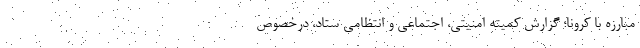
مبارزه با کرونا؛ گزارش کمیته امنیتی، اجتماعی و انتظامی ستاد، درخصوص